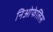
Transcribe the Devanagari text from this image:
निओफेलिस